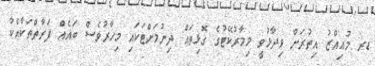
ޑރ މުޢިއްޒު އިތުރަށް ވިދާޅުވީ މިމާރުކޭޓުގެ ގޮޅިތައް ދިނުމަށްޓަކައި މިހާރުވެސް ބައެއް ފަރާތްތަކާއެކު